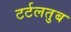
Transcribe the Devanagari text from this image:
टर्टलतुब